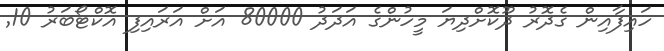
ހައިފާއިން ގެދޮރު ދޫކޮށްދިޔަ މީހުންގެ އަދަދު 80000 އަށް އަރައިފި އޮކްޓޯބަރު 10